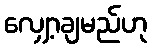
လျှော့ချမည်ဟု